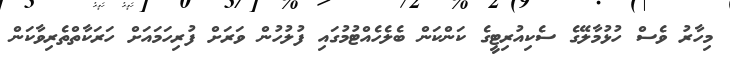
މިހާރު ވެސް ހުޅުމާލޭގެ ސެކިއުރިޓީގެ ކަންކަން ބެލެހެއްޓުމުގައި ފުލުހުން ވަރަށް ފުރިހަމައަށް ހަރަކާތްތެރިވާކަން